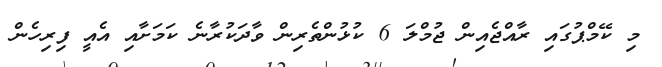
މި ކޭމްޕުގައި ރާއްޖެއިން ޖުމްލަ 6 ކުޅުންތެރިން ވާދަކުރާނެ ކަމަށާއި އެއީ ފިރިހެން